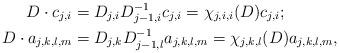
LaTeX: \begin{align*}D \cdot c_{j,i} & = D_{j,i}D_{j-1,i}^{-1} c_{j,i} = \chi_{j,i,i}(D) c_{j,i} ; \\D \cdot a_{j,k,l,m} & = D_{j,k} D_{j-1,l}^{-1} a_{j,k,l,m} = \chi_{j,k,l}(D) a_{j,k,l,m} ,\end{align*}